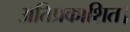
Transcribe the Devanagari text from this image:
अतिप्रकाशित।